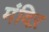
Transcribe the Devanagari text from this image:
मंदिऱ